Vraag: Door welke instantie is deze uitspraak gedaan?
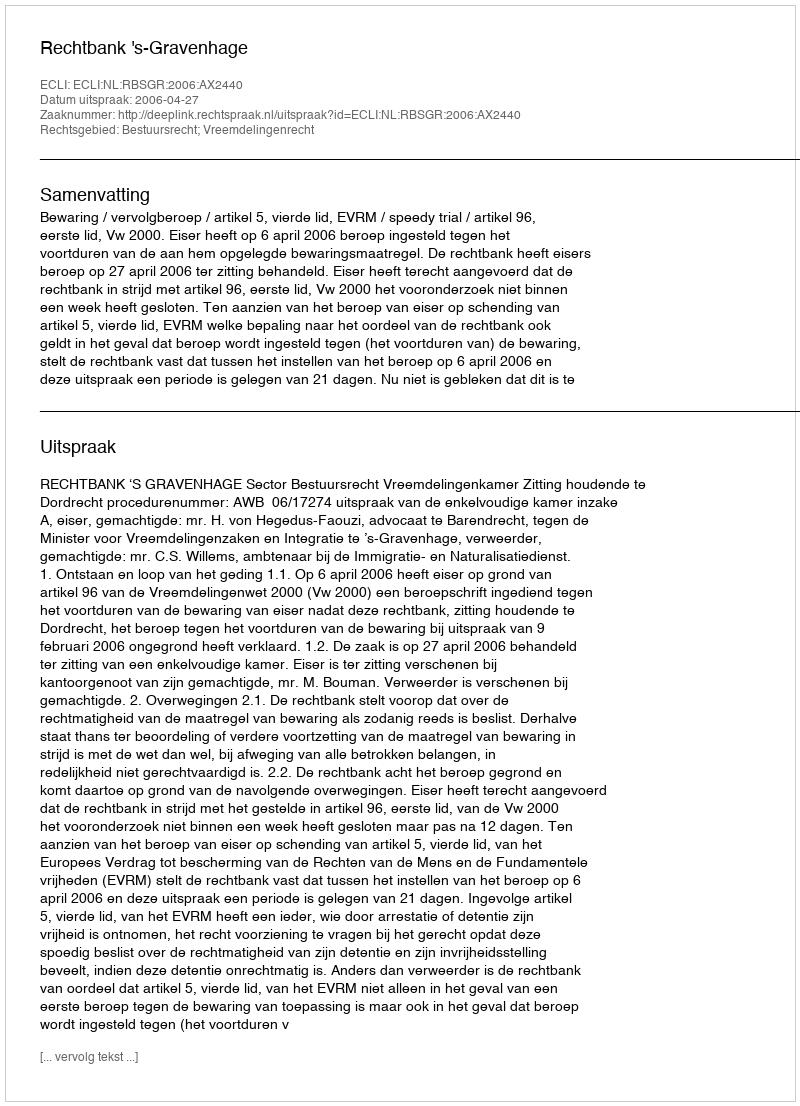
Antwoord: Rechtbank 's-Gravenhage